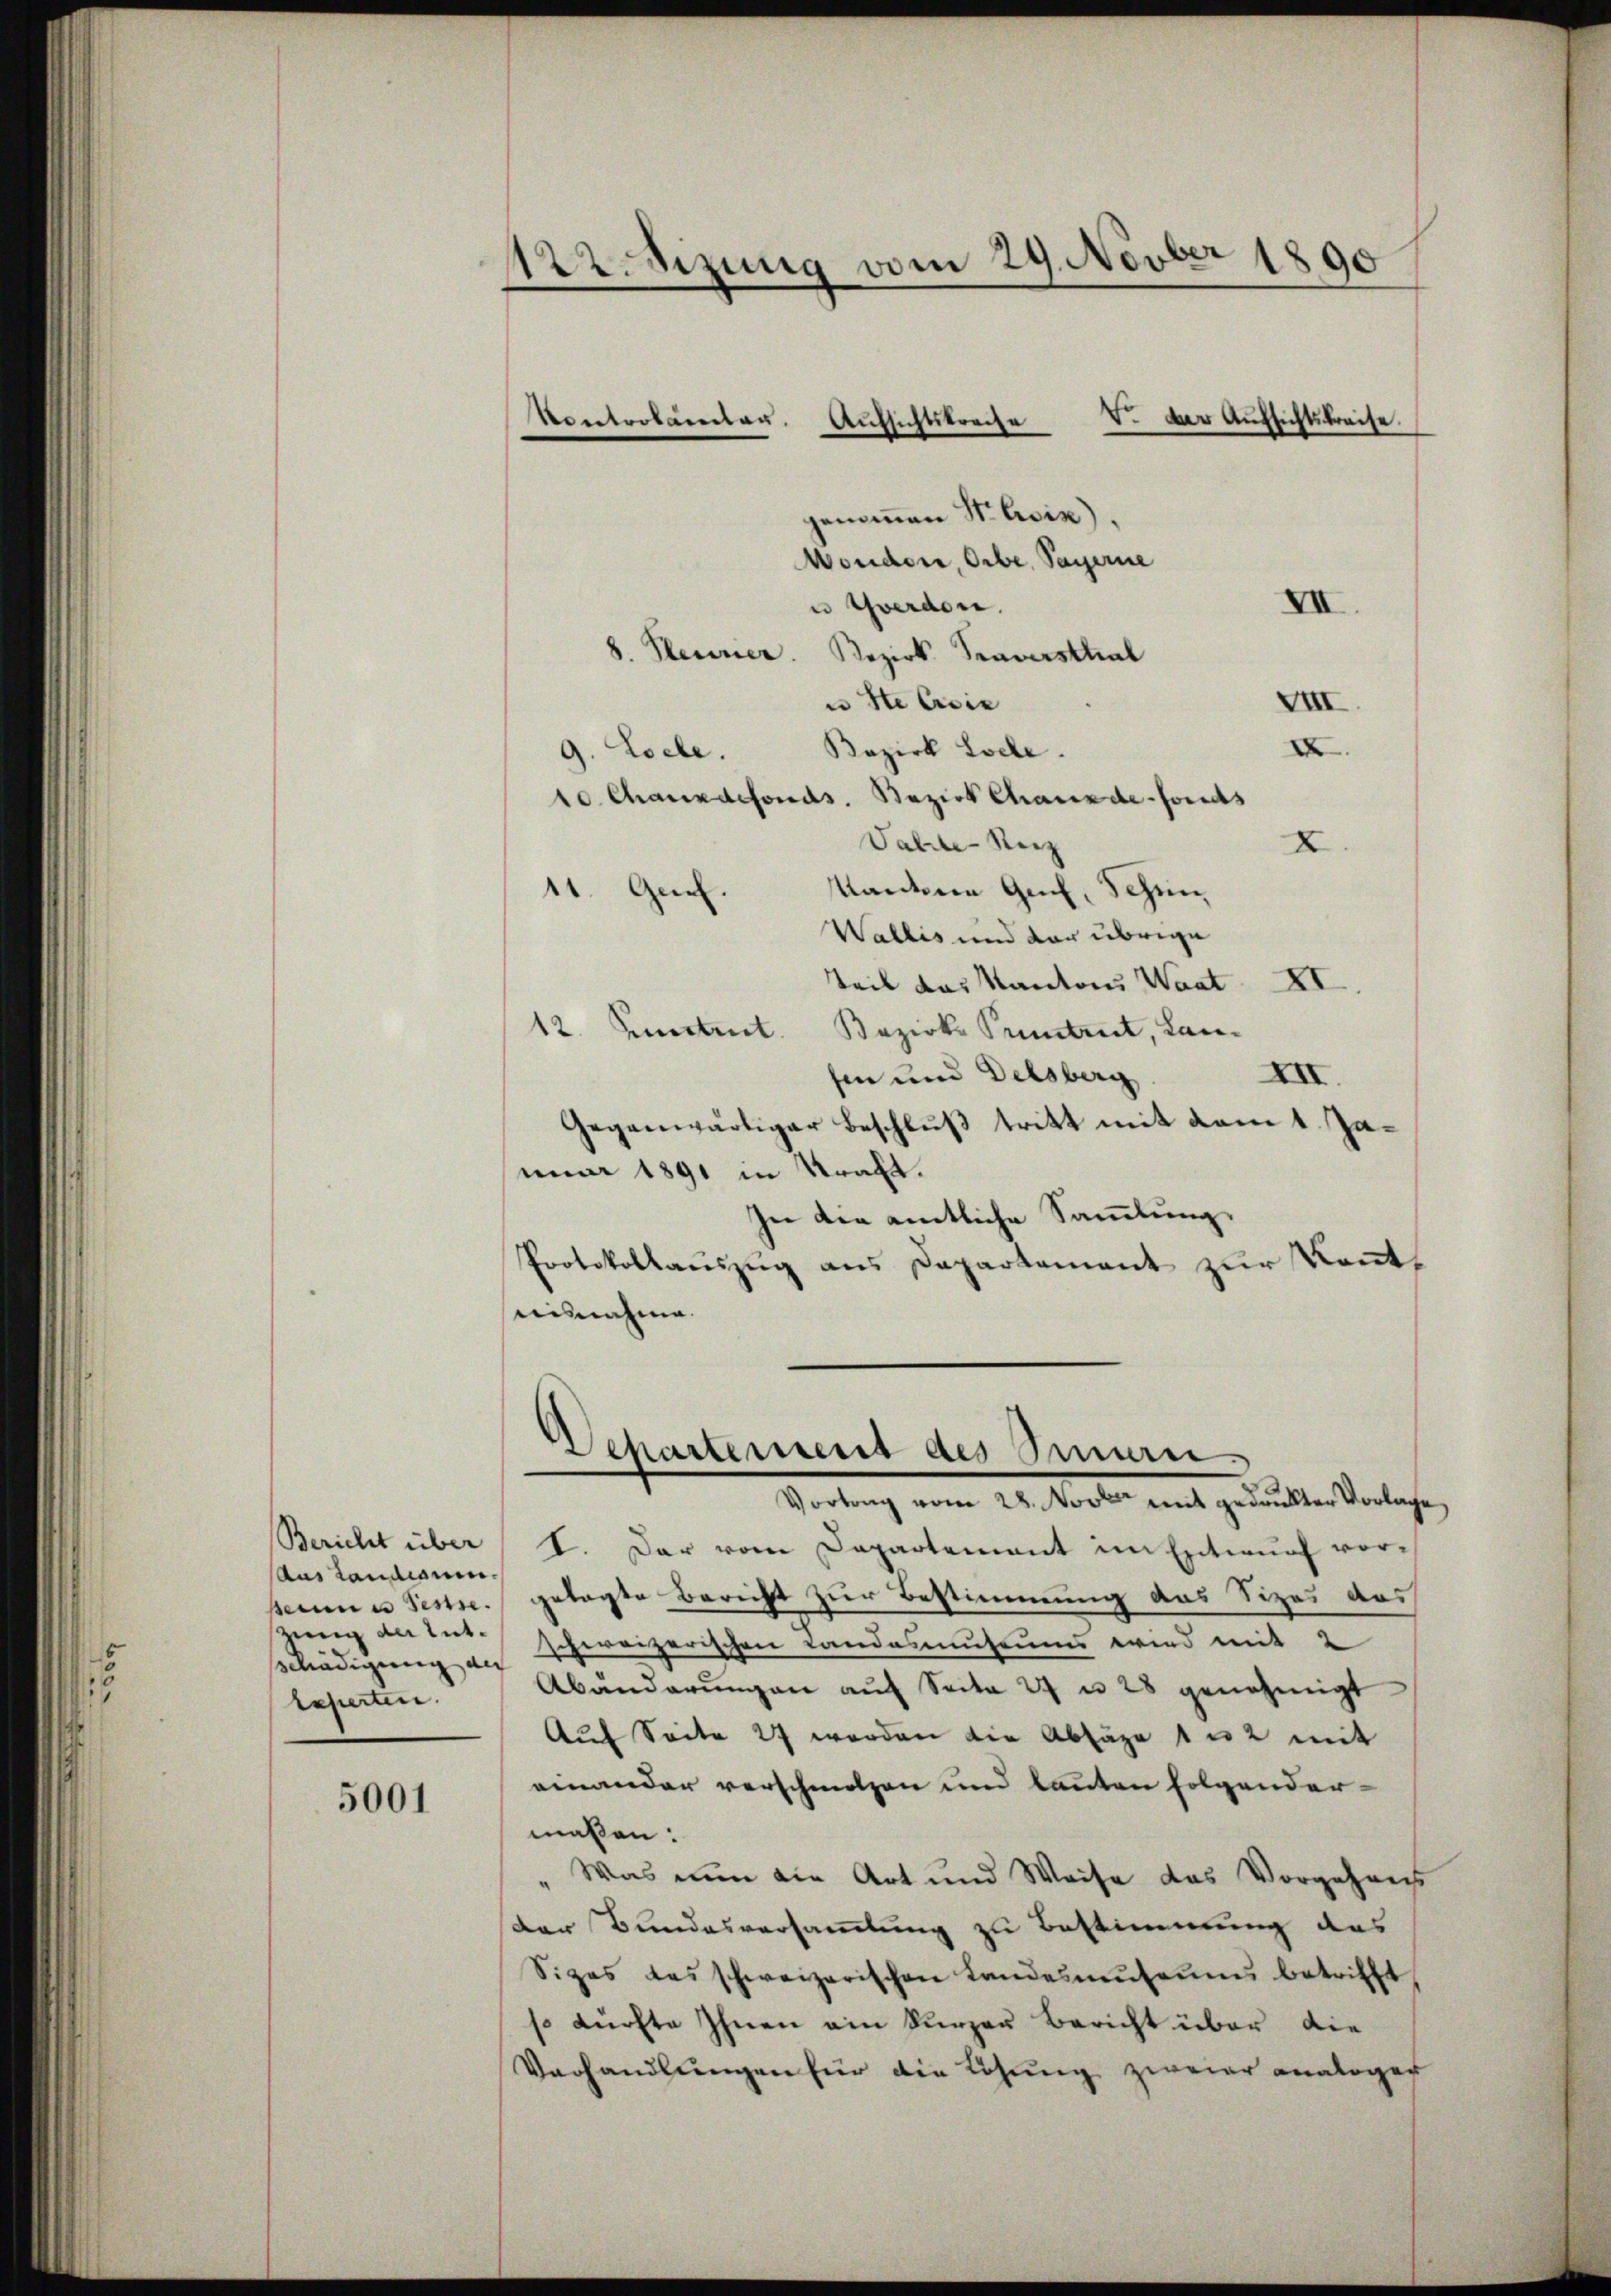
Bericht über
(aus Landionen.
zung der Entschädigung des
lasierten.

5001

W.Sizung vom 29. Novber 1890

Kontrolamer

Aŭfsichtspreche Dr. der Aufsichtskreise.

genommen St. Civix).
Monder, Orbe, Payerne
VII
u Gwerden.
8. Heurier
Bezirk Traversthal
u St. Gisie
XXII
XX.
9. Loele. Bezirk Loele.
10. Chauxdefonds. Bezirk Chauxde-Fonds
Table Reiz
X
Kantone Genf, Schen
11. Gech.
Wallis und vor übrige
Teil das Kantons Waat XI
12. Seitet. Bezirke Pruntrut, Lan¬
XII.
sin und Delsberg
Gegenwärtiger Beschluß tritt mit vom 1. Januar 1891 in Kraft.
In die amtliche Sammlung.
Protokollauszug aus Departement zur Kenntnisnahme.
¬
Separtement des San.
Vortrag vom 28. Novber mit gedankter Vorlage,
I. Der vom Departement im Entwurf vorseine Festse. gelagte Bericht zur Bestimmung aus Sizes das
schweizerischen Landasmuseums wird mit 2
Abänderŭngen aŭf Seite 27 u 28 genehmigt
Auf Seite 27 werden die Absage 1 n 2 mit
einander verschmolzen und lauten folgender-
maßen:
Was nun die Art und Weise das Vorgehens
Der Bundesversammlung zu Bestimmung des
Sizes das schweizerischen Landesneŭteŭms betrifft
so dürfte Ihnen ain kurzer Bericht über die
Vorhandlungen für die Lösung zweier analoger